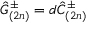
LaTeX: \hat { G } _ { ( 2 n ) } ^ { \pm } = d \hat { C } _ { ( 2 n ) } ^ { \pm }